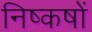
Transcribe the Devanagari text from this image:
निष्कषों